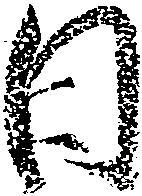
日